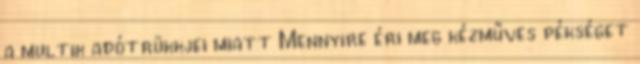
a multik adótrükkjei miatt Mennyire éri meg kézműves pékséget